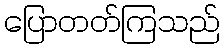
ပြောတတ်ကြသည်